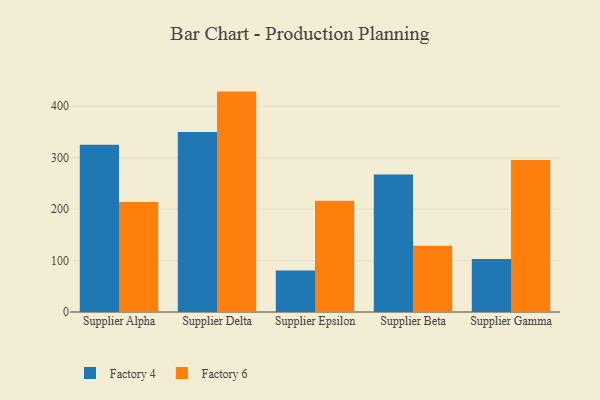
{"axis": {"x": "Supplier", "y": "Market Share (%)"}, "legend": ["Factory 4", "Factory 6"], "data": [{"x": "Supplier Alpha", "y": 325.0, "type": "Factory 4"}, {"x": "Supplier Alpha", "y": 213.7, "type": "Factory 6"}, {"x": "Supplier Delta", "y": 349.6, "type": "Factory 4"}, {"x": "Supplier Delta", "y": 428.3, "type": "Factory 6"}, {"x": "Supplier Epsilon", "y": 80.8, "type": "Factory 4"}, {"x": "Supplier Epsilon", "y": 216.0, "type": "Factory 6"}, {"x": "Supplier Beta", "y": 267.2, "type": "Factory 4"}, {"x": "Supplier Beta", "y": 128.7, "type": "Factory 6"}, {"x": "Supplier Gamma", "y": 103.2, "type": "Factory 4"}, {"x": "Supplier Gamma", "y": 295.5, "type": "Factory 6"}]}